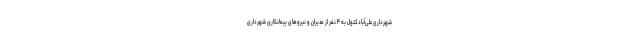
شهرداری علی‌آبادکتول به ۴ نفر از مدیران و نیروهای پیمانکاری شهرداری